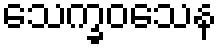
သေက္ခဝသေန